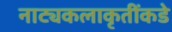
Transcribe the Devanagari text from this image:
नाट्यकलाकृतींकडे